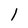
Character: 1